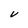
Character: U